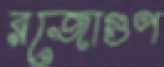
রজোগুণ